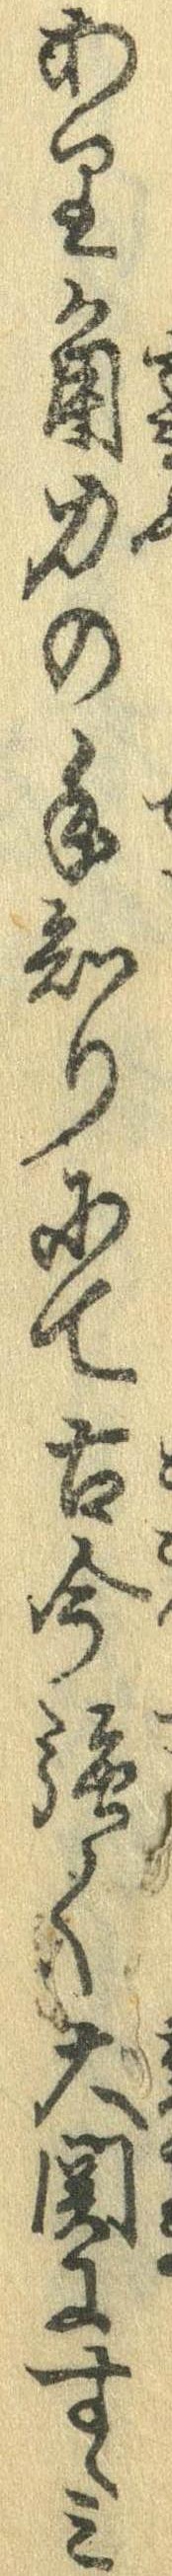
あり角力の手知りにて古今強く大関にすゝみ